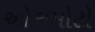
ઓકામોટો